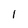
Character: 1